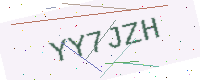
Text: YY7JZH